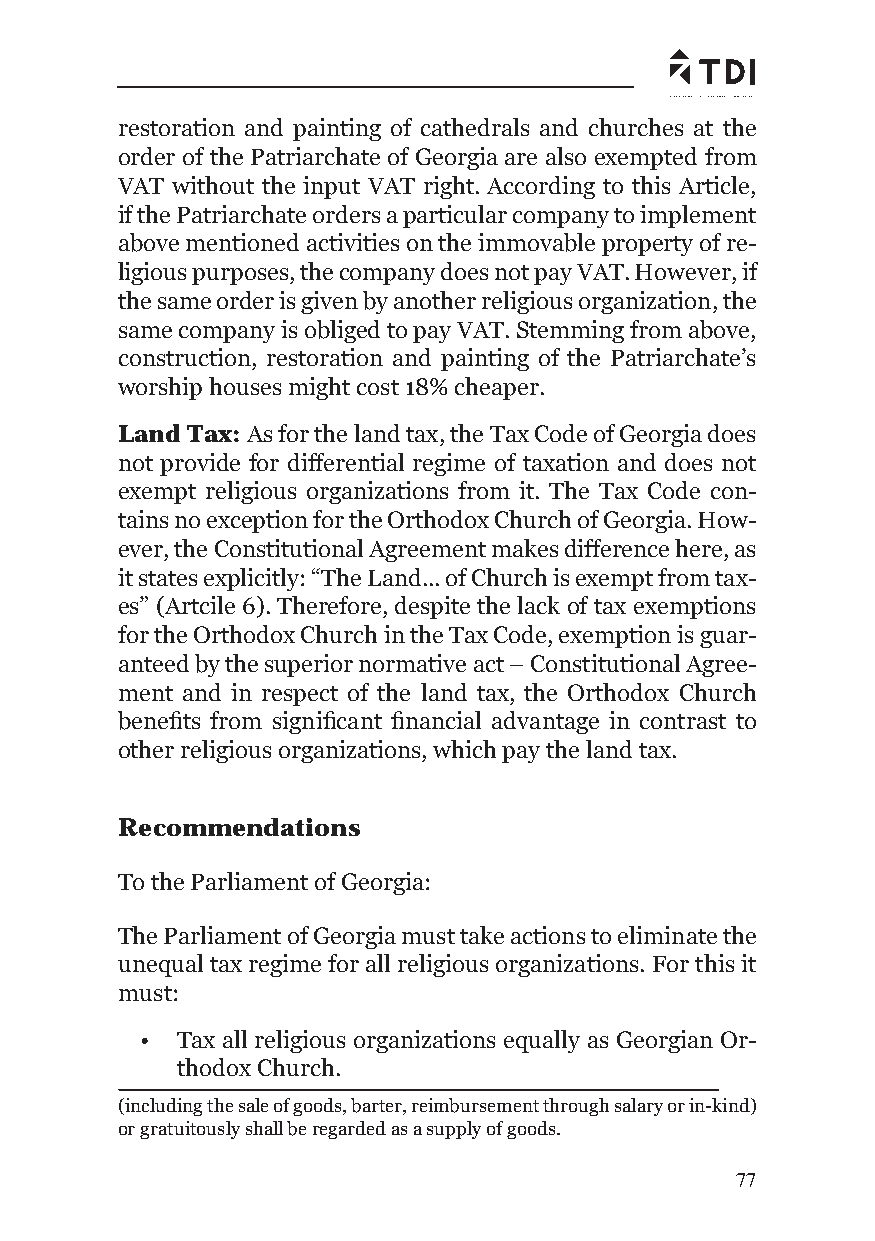
restoration and painting of cathedrals and churches at the
 order of the Patriarchate of Georgia are also exempted from
 VAT without the input VAT right. According to this Article,
 if the Patriarchate orders a particular company to implement
 above mentioned activities on the immovable property of re-
 ligious purposes, the company does not pay VAT. However, if
 the same order is given by another religious organization, the
 same company is obliged to pay VAT. Stemming from above,
 construction, restoration and painting of the Patriarchate’s
 worship houses might cost 18% cheaper.
 Land Tax: As for the land tax, the Tax Code of Georgia does
 not provide for differential regime of taxation and does not
 exempt religious organizations from it. The Tax Code con-
 tains no exception for the Orthodox Church of Georgia. How-
 ever, the Constitutional Agreement makes difference here, as
 it states explicitly: “The Land... of Church is exempt from tax-
 es” (Artcile 6). Therefore, despite the lack of tax exemptions
 for the Orthodox Church in the Tax Code, exemption is guar-
 anteed by the superior normative act – Constitutional Agree-
 ment and in respect of the land tax, the Orthodox Church
 benefi ts from signifi cant fi nancial advantage in contrast to
 other religious organizations, which pay the land tax.
 Recommendations
 To the Parliament of Georgia:
 The Parliament of Georgia must take actions to eliminate the
 unequal tax regime for all religious organizations. For this it
 must:
 •  Tax all religious organizations equally as Georgian Or-
 thodox Church.
 (including the sale of goods, barter, reimbursement through salary or in-kind)
 or gratuitously shall be regarded as a supply of goods.
 77